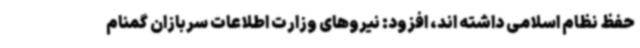
حفظ نظام اسلامی داشته اند، افزود: نیروهای وزارت اطلاعات سربازان گمنام